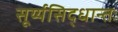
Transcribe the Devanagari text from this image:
सूर्य्यसिद्धान्तः